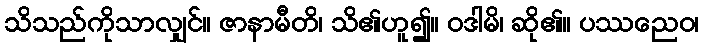
သိသည်ကိုသာလျှင်။ ဇာနာမီတိ၊ သိ၏ဟူ၍။ ဝဒါမိ၊ ဆို၏။ ပဿညေဝ၊